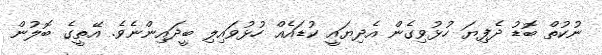
ނުކުތް ބޮޑު ދެފިޔަ ހުޅުވިގެން އެދިޔައީ ކުޑައެއް ހުޅުވައިލި ބީދައިންނެވެ. އޭތީގެ ބޮލުން